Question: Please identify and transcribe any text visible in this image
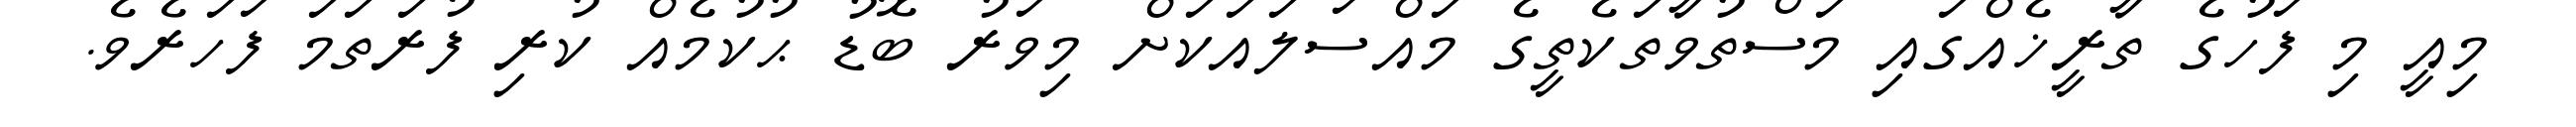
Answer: މިއީ މި ފަހުގެ ތާރީޚެއްގައި މަސްތުވާތަކެތީގެ މައްސަލައަކަށް މިވަރު ބޮޑު ޙުކުމެއް ކުރި ފުރަތަމަ ފަހަރެވެ.